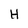
Character: H